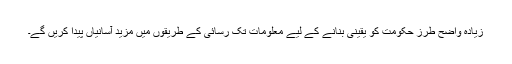
زیادہ واضح طرز حکومت کو یقینی بنانے کے لیے معلومات تک رسائی کے طریقوں میں مزید آسانیاں پیدا کریں گے۔